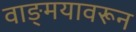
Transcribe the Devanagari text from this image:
वाङ्मयावरून